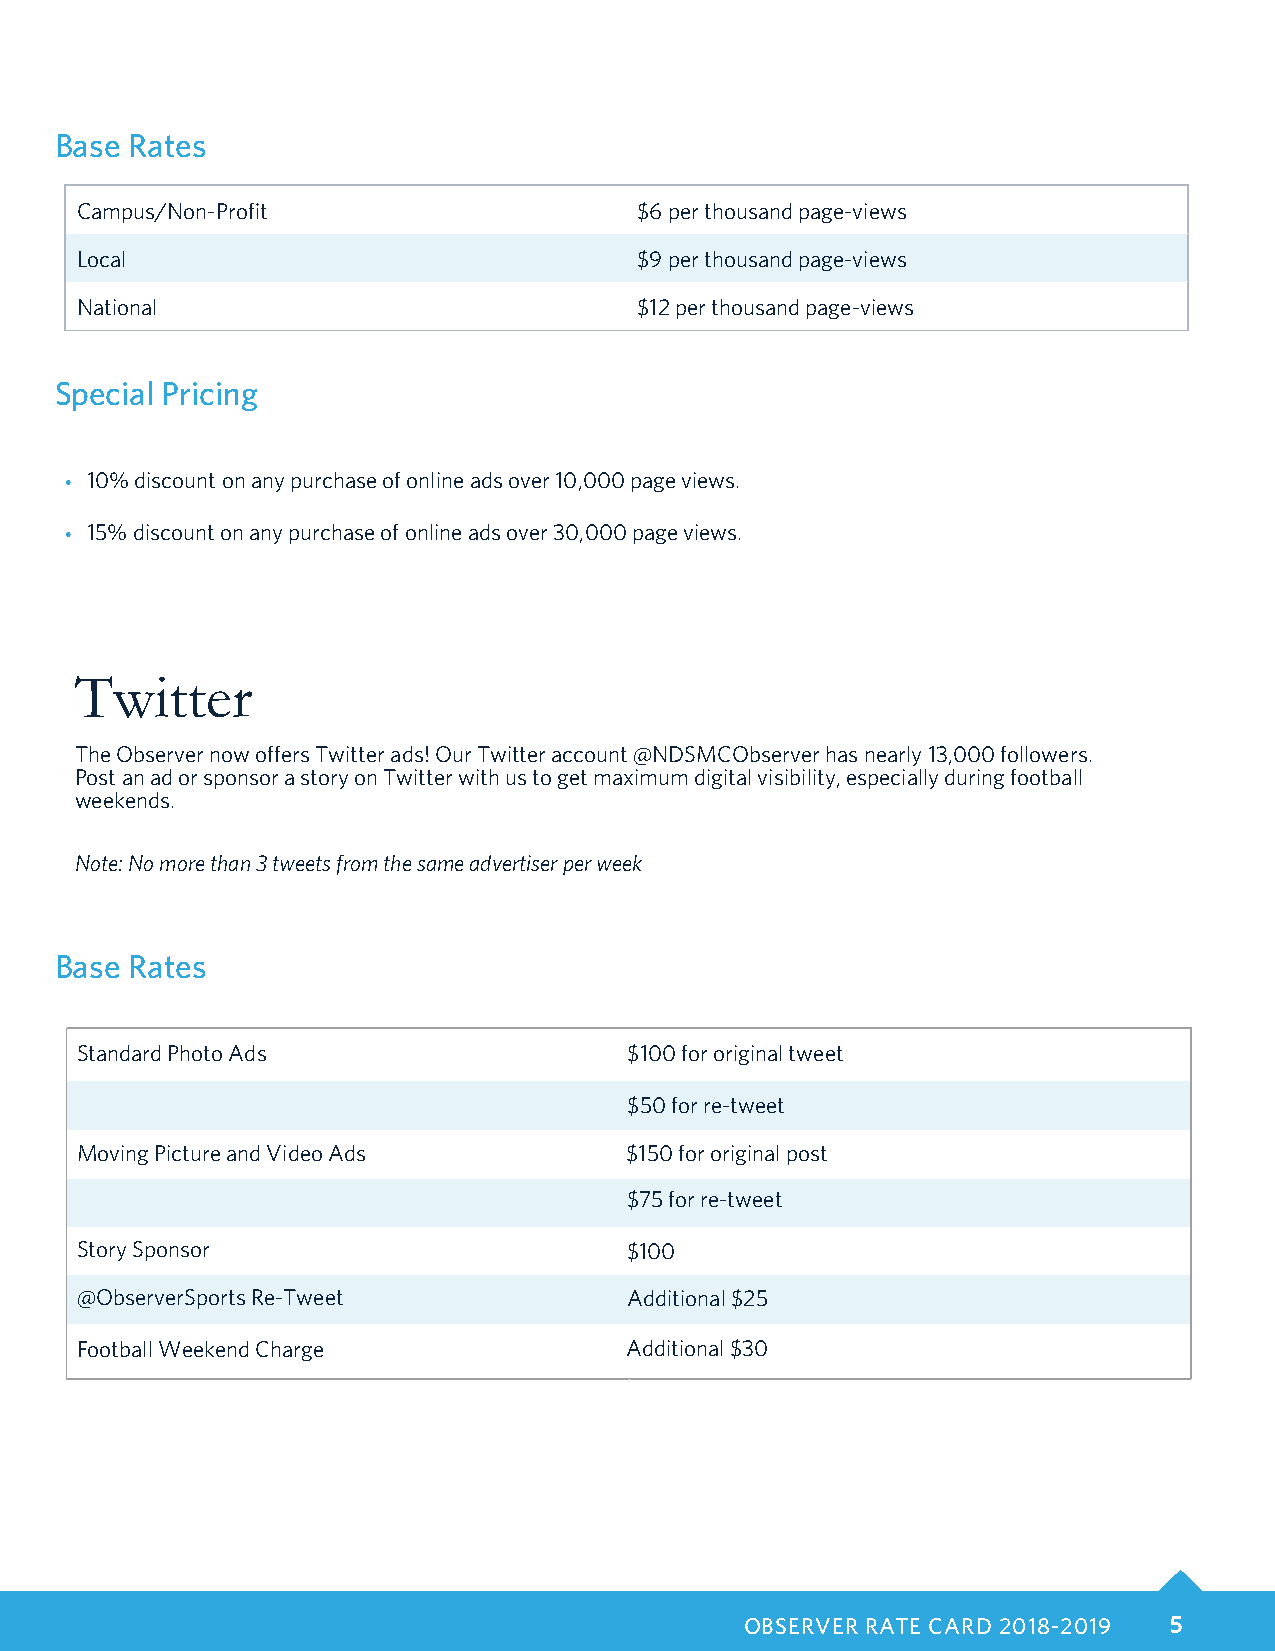
Base Rates
 Campus/Non-Profit                    $6 per thousand page-views
 Local                                $9 per thousand page-views
 National                             $12 per thousand page-views
 Special Pricing
 • 10% discount on any purchase of online ads over 10,000 page views.
 • 15% discount on any purchase of online ads over 30,000 page views.
 Twitter
 The Observer now offers Twitter ads! Our Twitter account @NDSMCObserver has nearly 13,000 followers.
 Post an ad or sponsor a story on Twitter with us to get maximum digital visibility, especially during football
 weekends.
 Note: No more than 3 tweets from the same advertiser per week
 Base Rates
 Standard Photo Ads                   $100 for original tweet
 $50 for re-tweet
 Moving Picture and Video Ads        $150 for original post
 $75 for re-tweet
 Story Sponsor                       $100
 @ObserverSports Re-Tweet             Additional $25
 Football Weekend Charge             Additional $30
 OBSERVER RATE CARD 2018-2019 5